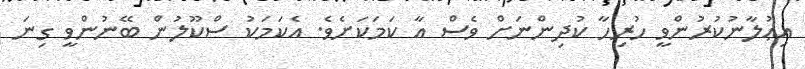
އިޢުލާނުކުރުންވީ ހުރިހާ ކުދިންނަށް ވެސް އާ ކަމަކަށެވެ. އެކަމަކު ސްކޫލުން ބޭނުންވީ ގިނަ